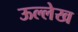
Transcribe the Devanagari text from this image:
ऊल्लेख